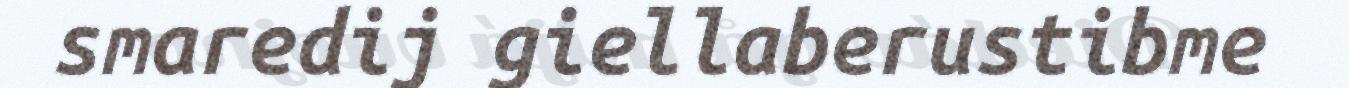
smaredij giellaberustibme